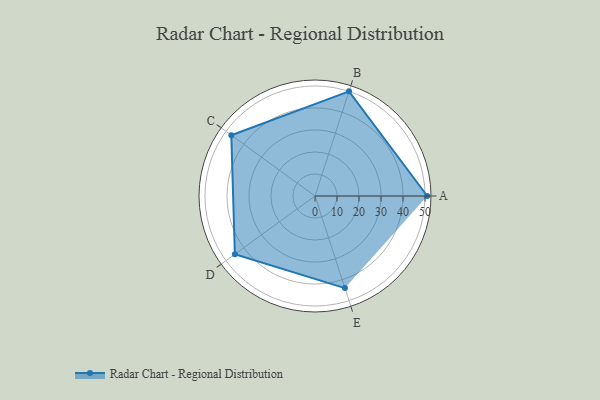
{"axis": {"x": "Skill", "y": "Score"}, "legend": ["Profile"], "data": [{"x": "A", "y": 51.0, "type": "Profile"}, {"x": "B", "y": 50.0, "type": "Profile"}, {"x": "C", "y": 47.0, "type": "Profile"}, {"x": "D", "y": 45.0, "type": "Profile"}, {"x": "E", "y": 44.0, "type": "Profile"}]}